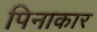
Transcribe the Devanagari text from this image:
पिनाकार